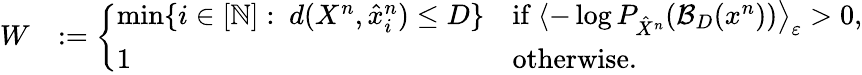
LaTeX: \begin{array}{rl}{W}&{:=\left\{ \begin{array}{ll}{\operatorname*{min}\{ i\in[\mathbb{N}]:~d(X^{n},\hat{x}_{i}^{n})\leq D\} }&{\mathrm{if~}\langle-\log P_{\hat{X}^{n}}(\mathcal{B}_{D}(x^{n}))\big\rangle_{\varepsilon}>0,}\\ {1}&{\mathrm{otherwise}.}\end{array}\right.}\end{array}